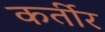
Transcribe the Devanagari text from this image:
कर्तीर